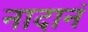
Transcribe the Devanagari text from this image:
नादानं